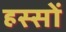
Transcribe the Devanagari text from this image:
हस्सों